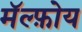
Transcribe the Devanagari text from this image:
मॅल्फ़ोय